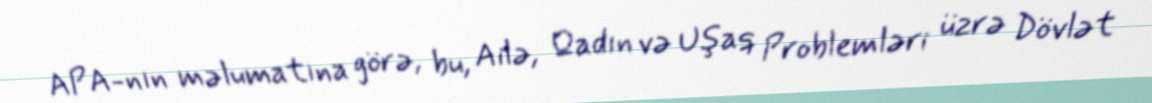
APA-nın məlumatına görə, bu, Ailə, Qadın və Uşaq Problemləri üzrə Dövlət